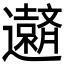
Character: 𮟧